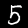
Label: 5